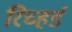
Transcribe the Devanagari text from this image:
रिच्हर्ड